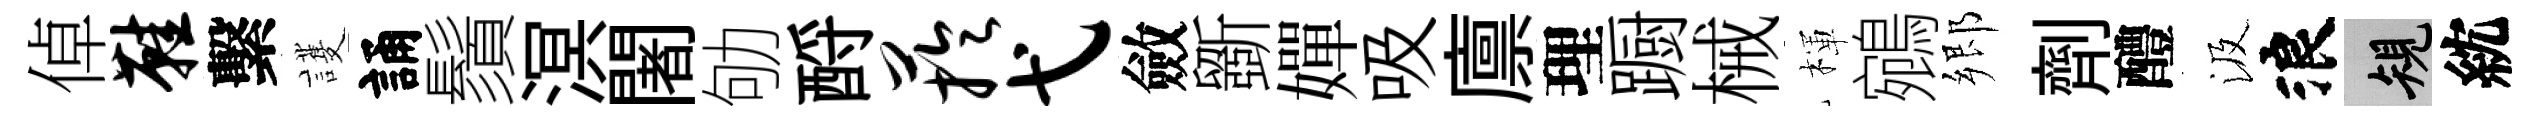
倬鞋繫護誦鬚溟闍劬酹芋弋斂斵嬋吸廪理蹰械楎鵷郷劑醴汲浪規紞